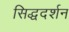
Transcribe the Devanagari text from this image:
सिद्धदर्शन